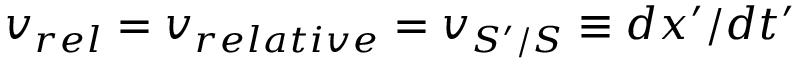
v _ { r e l } = v _ { r e l a t i v e } = v _ { S ^ { \prime } / S } \equiv d x ^ { \prime } / d t ^ { \prime }